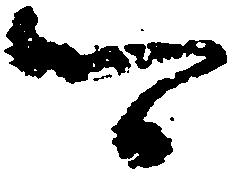
可